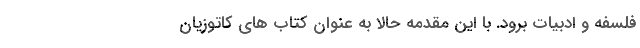
فلسفه و ادبیات برود. با این مقدمه حالا به عنوان کتاب های کاتوزیان